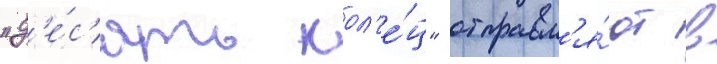
"д'е́с'ять кол'е́ц" отправл'я́ют в